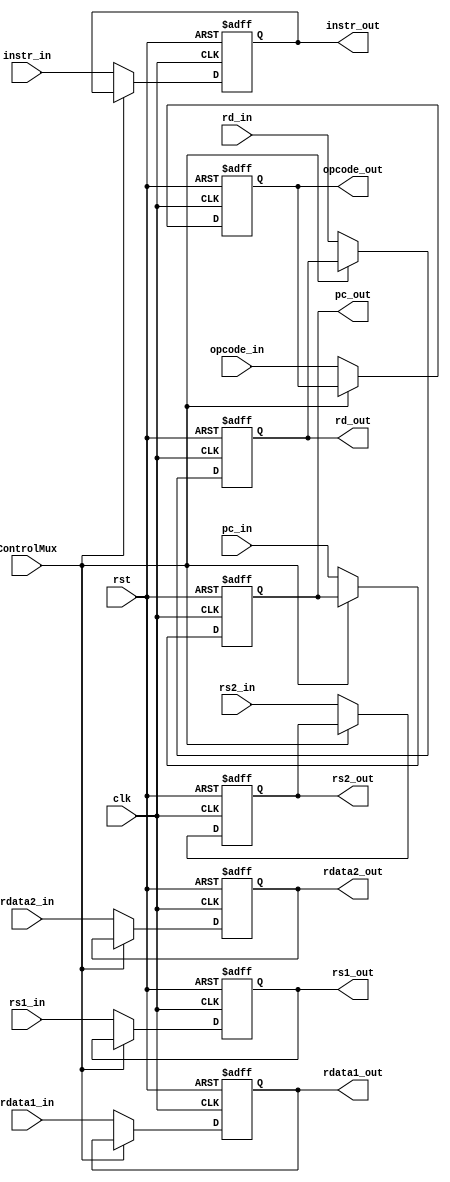
`timescale 1ns / 1ps
//////////////////////////////////////////////////////////////////////////////////
// Company: 
// Engineer: 
// 
// Design Name: 
// Module Name: EX_MEM_reg
// Project Name: 
// Target Devices: 
// Tool Versions: 
// Description: 
// 
// Dependencies: 
// 
// Revision:
// Revision 0.01 - File Created
// Additional Comments:
// 
//////////////////////////////////////////////////////////////////////////////////

module ID_EX_reg(
    input clk,
    input rst,
    input ControlMux,
    input [31:0] instr_in,
    input [31:0] pc_in,
    input [31:0] rdata1_in,
    input [31:0] rdata2_in,
    input [4:0] rs1_in,
    input [4:0] rs2_in,
    input [4:0] rd_in,
    input [5:0] opcode_in,
    output reg [31:0] instr_out,
    output reg [31:0] pc_out,
    output reg [31:0] rdata1_out,
    output reg [31:0] rdata2_out,
    output reg [4:0] rs1_out,
    output reg [4:0] rs2_out,
    output reg [4:0] rd_out,
    output reg [5:0] opcode_out
);
    always @(posedge clk or posedge rst) begin
        if (rst) begin
            instr_out <= 32'b0;
            pc_out <= 32'b0;
            rdata1_out <= 32'b0;
            rdata2_out <= 32'b0;
            rs1_out <= 5'b0;
            rs2_out <= 5'b0;
            rd_out <= 5'b0;
            opcode_out <= 6'b0;
        end else if (!ControlMux) begin
            instr_out <= instr_in;
            pc_out <= pc_in;
            rdata1_out <= rdata1_in;
            rdata2_out <= rdata2_in;
            rs1_out <= rs1_in;
            rs2_out <= rs2_in;
            rd_out <= rd_in;
            opcode_out <= opcode_in;
        end
    end
endmodule